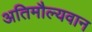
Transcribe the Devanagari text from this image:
अतिमौल्यवान